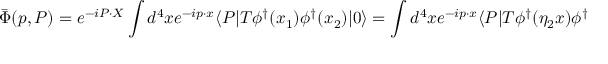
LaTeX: \bar { \Phi } ( p , P ) = e ^ { - i P \cdot X } \int d ^ { 4 } x e ^ { - i p \cdot x } \langle P | T \phi ^ { \dagger } ( x _ { 1 } ) \phi ^ { \dagger } ( x _ { 2 } ) | 0 \rangle = \int d ^ { 4 } x e ^ { - i p \cdot x } \langle P | T \phi ^ { \dagger } ( \eta _ { 2 } x ) \phi ^ { \dagger } ( - \eta _ { 1 } x ) | 0 \rangle \; .